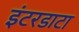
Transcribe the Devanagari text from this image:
इंटरडाटा